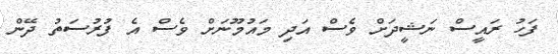
ފަހު ރައީސް ނަޝީދަށް ވެސް އަދި މައުމޫނަށް ވެސް އެ ފުރުސަތު ދޭން